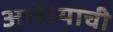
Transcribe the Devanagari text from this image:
आहे।याची